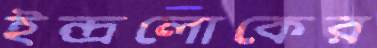
ইন্দ্রলোকের